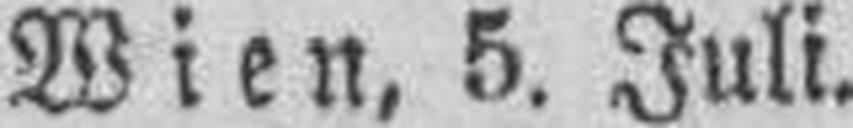
Wien, 5. Juli.